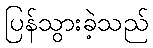
ပြန်သွားခဲ့သည်